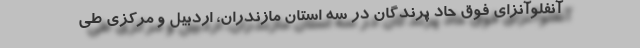
آنفلوآنزای فوق حاد پرندگان در سه استان مازندران، اردبیل و مرکزی طی